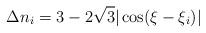
LaTeX: \begin{align*}\Delta n_i = 3 - 2\sqrt{3}|\cos(\xi-\xi_i)|\end{align*}